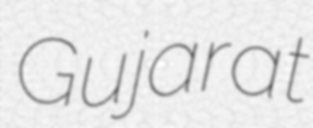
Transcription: Gujarat